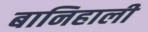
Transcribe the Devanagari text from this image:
बानिहाली